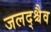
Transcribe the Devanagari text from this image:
जलद्श्चैव